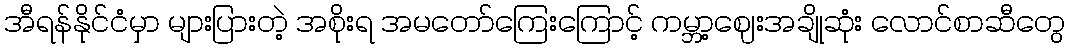
အီရန်နိုင်ငံမှာ များပြားတဲ့ အစိုးရ အမတော်ကြေးကြောင့် ကမ္ဘာ့ဈေးအချိုဆုံး လောင်စာဆီတွေ